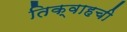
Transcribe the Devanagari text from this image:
तिक्वाहची